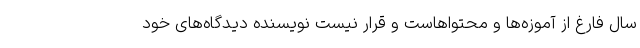
سال فارغ از آموزه‌ها و محتواهاست و قرار نیست نویسنده دیدگاه‌های خود